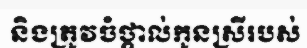
និងត្រូវចំថ្ពាល់កូនស្រីរបស់